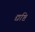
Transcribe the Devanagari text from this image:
द्यष्टि